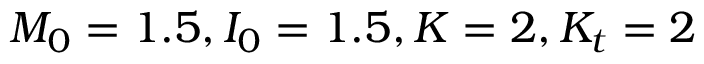
M _ { 0 } = 1 . 5 , I _ { 0 } = 1 . 5 , K = 2 , K _ { t } = 2